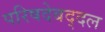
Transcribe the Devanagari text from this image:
परिषदेबद्दल